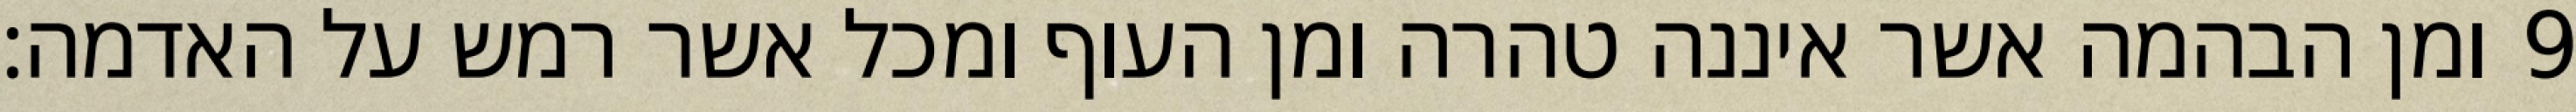
ומן הבהמה אשר איננה טהרה ומן העוף ומכל אשר רמש על האדמה׃ ‎9‏